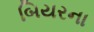
બિયરના